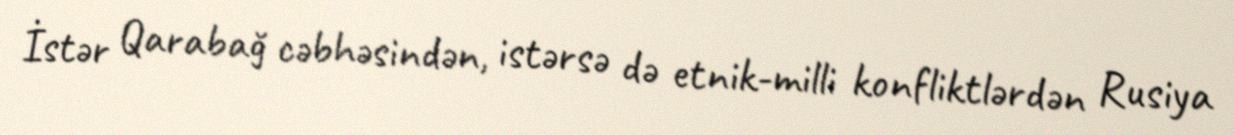
İstər Qarabağ cəbhəsindən, istərsə də etnik-milli konfliktlərdən Rusiya